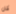
كان